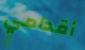
أقدامي